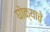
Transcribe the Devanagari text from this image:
घोक्याचे